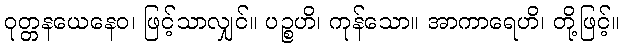
ဝုတ္တနယေနေဝ၊ ဖြင့်သာလျှင်။ ပဉ္စဟိ၊ ကုန်သော။ အာကာရေဟိ၊ တို့ဖြင့်။